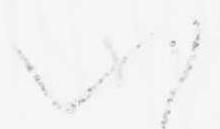
い